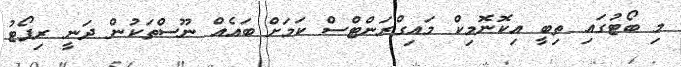
މި ބޯޓުގައި ތިބީ އިކޮނޮމިކް މައިގްރަންޓްސް ކަމަށް ބައެއް ނޫސްތަކުން ދަނީ ރިޕޯޓު